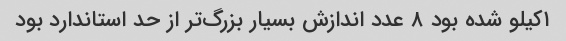
۱کیلو شده بود ۸ عدد اندازش بسیار بزرگ‌تر از حد استاندارد بود